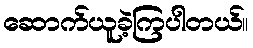
ဆောက်ယူခဲ့ကြပါတယ်။